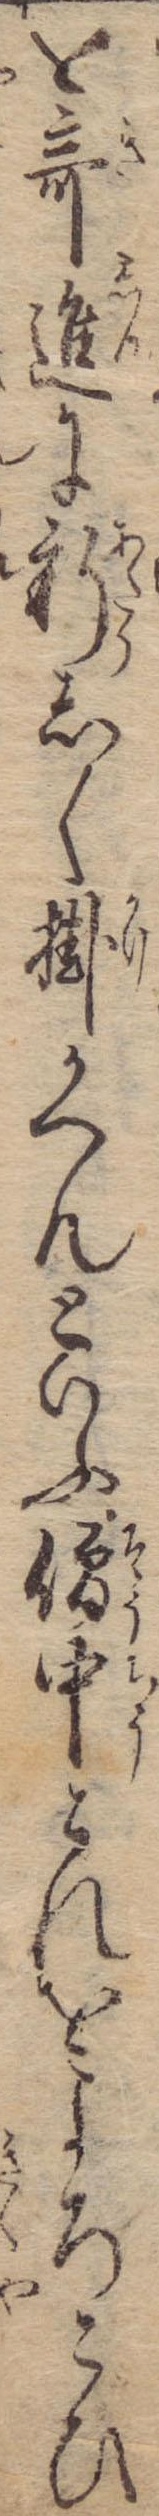
を奇進に新しく掛かへんといふ僧中これをよろこひ